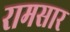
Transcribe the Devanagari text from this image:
रामसार